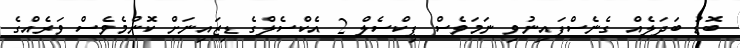
ބޮޑު ބަދަލެއް ގެނެސްފައިނުވި ނަމަވެސް ޕިކްސެލް 2 އެކްސެލްގެ ޑިޒައިނަށް ކޮންމެވެސް ވަރެއްގެ